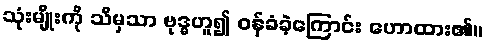
သုံးမျိုးကို သိမှသာ ဗုဒ္ဓဟူ၍ ဝန်ခံခဲ့ကြောင်း ဟောထား၏။